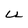
Character: U